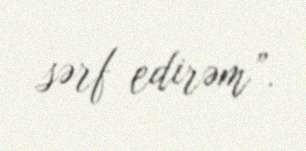
sərf edirəm”.